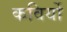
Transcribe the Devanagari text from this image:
कविर्यो